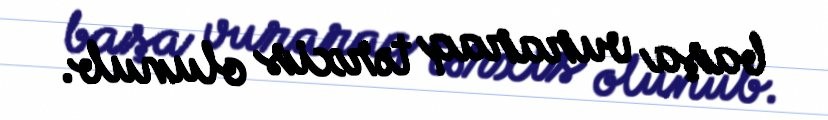
başa vuraraq tərxis olunub.